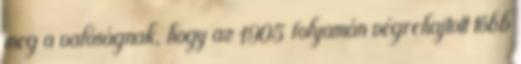
meg a valóságnak, hogy az 1905 folyamán végrehajtott több